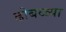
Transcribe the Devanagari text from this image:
ढोबळ्या